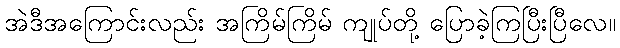
အဲဒီအကြောင်းလည်း အကြိမ်ကြိမ် ကျုပ်တို့ ပြောခဲ့ကြပြီးပြီလေ။